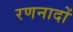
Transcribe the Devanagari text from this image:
रणनादों